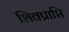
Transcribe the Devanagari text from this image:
शिवप्राप्ति